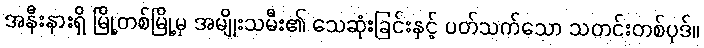
အနီးနားရှိ မြို့တစ်မြို့မှ အမျိုးသမီး၏ သေဆုံးခြင်းနှင့် ပတ်သက်သော သတင်းတစ်ပုဒ်။